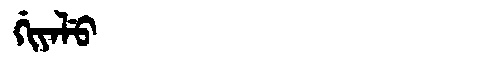
Manchu: ᡤᡳᠶᠠᠯᡠ
Romanization: GIYALU